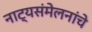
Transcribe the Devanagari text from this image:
नाट्यसंमेलनांचे